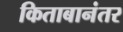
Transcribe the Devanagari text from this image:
किताबानंतर